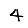
Digit: 4